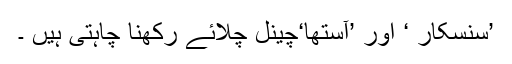
’سنسکار ‘ اور ’آستھا‘چینل چلائے رکھنا چاہتی ہیں ۔